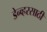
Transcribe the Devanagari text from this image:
डेन्व्हरसाठी